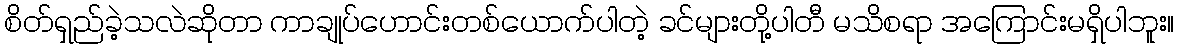
စိတ်ရှည်ခဲ့သလဲဆိုတာ ကာချုပ်ဟောင်းတစ်ယောက်ပါတဲ့ ခင်များတို့ပါတီ မသိစရာ အကြောင်းမရှိပါဘူး။